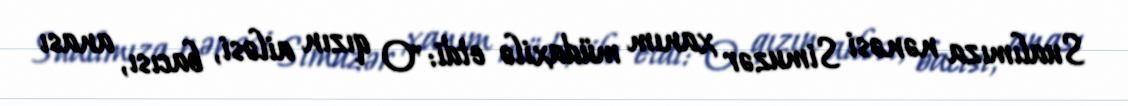
Sualımıza nənəsi Simuzər xanım müdaxilə etdi: "O qızın ailəsi, bacısı, anası